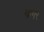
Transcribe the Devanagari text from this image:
मार्गर